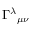
\Gamma ^ { \lambda } { } _ { \mu \nu }